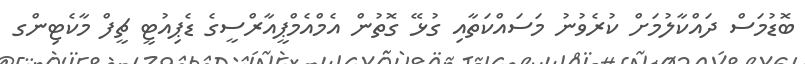
ބޮޑުމަސް ދައްކާލުމަށް ކުރެވުނު މަސައްކަތާއި ގުޅޭ ގޮތުން އެމްއެމްޕީއާރްސީގެ ޑެޕިއުޓީ ޗީފް މާކެޓިންގ